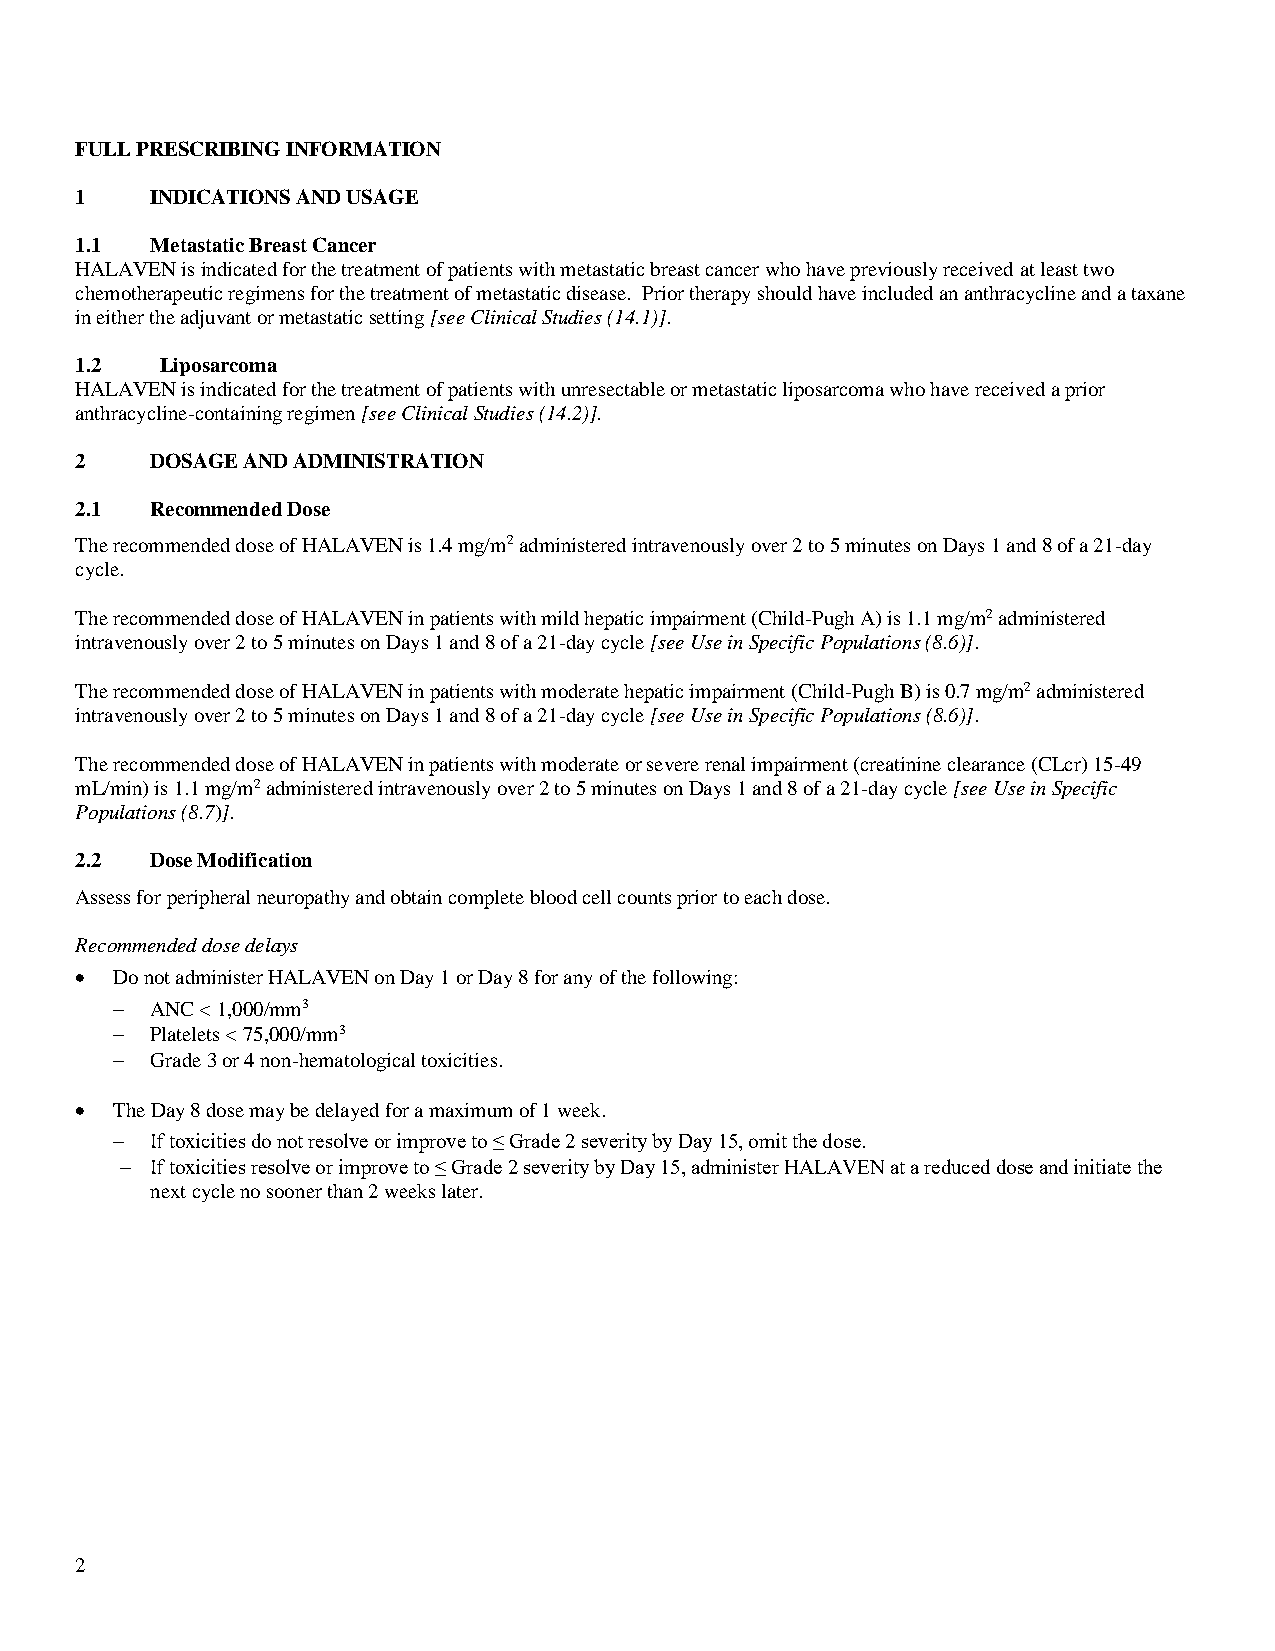
FULL PRESCRIBING INFORMATION
 1    INDICATIONS AND USAGE
 1.1  Metastatic Breast Cancer
 HALAVEN is indicated for the treatment of patients with metastatic breast cancer who have previously received at least two
 chemotherapeutic regimens for the treatment of metastatic disease. Prior therapy should have included an anthracycline and a taxane
 in either the adjuvant or metastatic setting [see Clinical Studies (14.1)].
 1.2   Liposarcoma
 HALAVEN is indicated for the treatment of patients with unresectable or metastatic liposarcoma who have received a prior
 anthracycline-containing regimen [see Clinical Studies (14.2)].
 2    DOSAGE AND ADMINISTRATION
 2.1  Recommended Dose
 The recommended dose of HALAVEN is 1.4 mg/m2 administered intravenously over 2 to 5 minutes on Days 1 and 8 of a 21-day
 cycle.
 The recommended dose of HALAVEN in patients with mild hepatic impairment (Child-Pugh A) is 1.1 mg/m2 administered
 intravenously over 2 to 5 minutes on Days 1 and 8 of a 21-day cycle [see Use in Specific Populations (8.6)].
 The recommended dose of HALAVEN in patients with moderate hepatic impairment (Child-Pugh B) is 0.7 mg/m2 administered
 intravenously over 2 to 5 minutes on Days 1 and 8 of a 21-day cycle [see Use in Specific Populations (8.6)].
 The recommended dose of HALAVEN in patients with moderate or severe renal impairment (creatinine clearance (CLcr) 15-49
 mL/min) is 1.1 mg/m2 administered intravenously over 2 to 5 minutes on Days 1 and 8 of a 21-day cycle [see Use in Specific
 Populations (8.7)].
 2.2  Dose Modification
 Assess for peripheral neuropathy and obtain complete blood cell counts prior to each dose.
 Recommended dose delays
 • Do not administer HALAVEN on Day 1 or Day 8 for any of the following:
 −  ANC < 1,000/mm3
 −  Platelets < 75,000/mm3
 −  Grade 3 or 4 non-hematological toxicities.
 • The Day 8 dose may be delayed for a maximum of 1 week.
 −  If toxicities do not resolve or improve to ≤ Grade 2 severity by Day 15, omit the dose.
 − If toxicities resolve or improve to ≤ Grade 2 severity by Day 15, administer HALAVEN at a reduced dose and initiate the
 next cycle no sooner than 2 weeks later.
 2